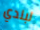
لبلدي